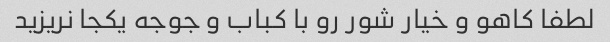
لطفا کاهو و خیار شور رو با کباب و جوجه یکجا نریزید